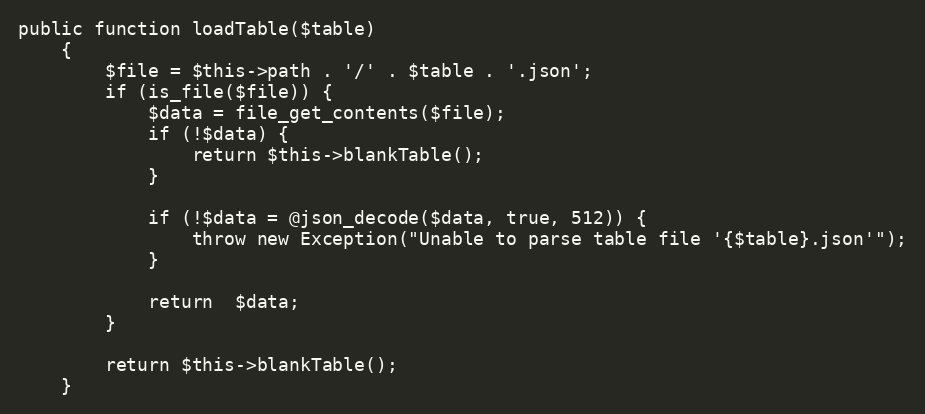
Language: PHP
public function loadTable($table)
    {
        $file = $this->path . '/' . $table . '.json';
        if (is_file($file)) {
            $data = file_get_contents($file);
            if (!$data) {
                return $this->blankTable();
            }

            if (!$data = @json_decode($data, true, 512)) {
                throw new Exception("Unable to parse table file '{$table}.json'");
            }

            return  $data;
        }

        return $this->blankTable();
    }